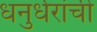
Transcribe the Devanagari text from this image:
धनुर्धरांची